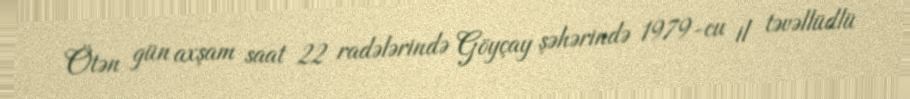
Ötən gün axşam saat 22 radələrində Göyçay şəhərində 1979-cu il təvəllüdlü